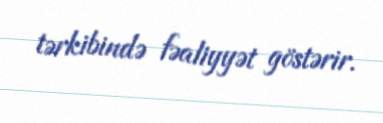
tərkibində fəaliyyət göstərir.